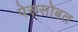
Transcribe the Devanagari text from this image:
पेससोबत